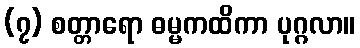
(၇) စတ္တာရော ဓမ္မကထိကာ ပုဂ္ဂလာ။